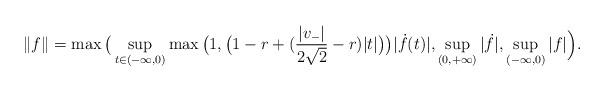
LaTeX: \begin{align*}\|f\|=\max\big(\sup_{t\in (-\infty,0)}\max\big(1,\big(1-r+({|v_-|\over 2\sqrt{2}}-r)|t|\big)\big)|\dot f(t)|,\sup_{(0,+\infty)}|\dot f|,\sup_{(-\infty, 0)}|f|\Big).\end{align*}